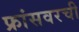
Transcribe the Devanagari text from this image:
फ्रांसवरची